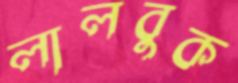
লালবুক